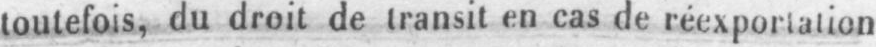
toutefois, du droit de transit en cas de réexportation